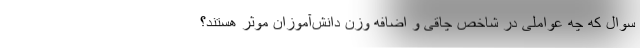
سوال که چه عواملی در شاخص چاقی و اضافه وزن دانش‌آموزان موثر هستند؟